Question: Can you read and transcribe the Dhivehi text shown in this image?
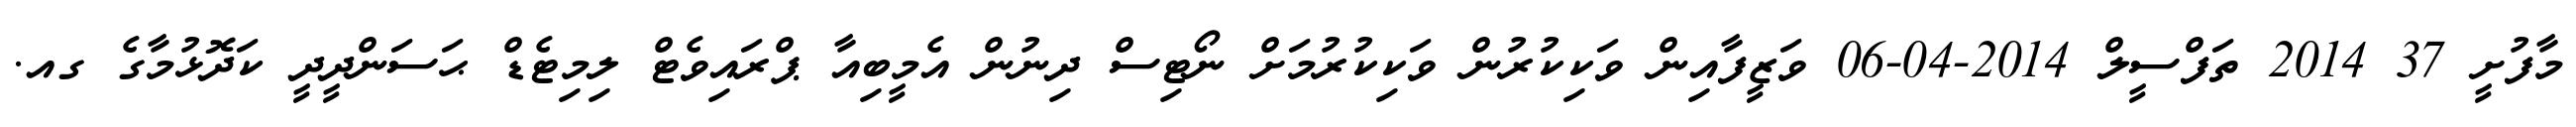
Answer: މާފުށީ 37 2014 ތަފްސީލް 2014-04-06 ވަޒީފާއިން ވަކިކުރުން ވަކިކުރުމަށް ނޯޓިސް ދިނުން އެމީބިއާ ޕްރައިވެޓް ލިމިޓެޑް ޙަސަންދީދީ ކަދޮޅުމާގެ ގއ.